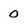
Character: 0